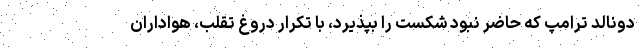
دونالد ترامپ که حاضر نبود شکست را بپذیرد، با تکرار دروغ تقلب، هواداران